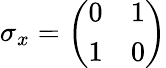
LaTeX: \sigma_{x}={\left(\begin{array}{ll}{0}&{1}\\ {1}&{0}\end{array}\right)}